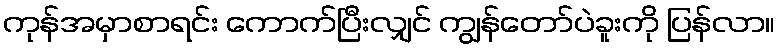
ကုန်အမှာစာရင်း ကောက်ပြီးလျှင် ကျွန်တော်ပဲခူးကို ပြန်လာ။